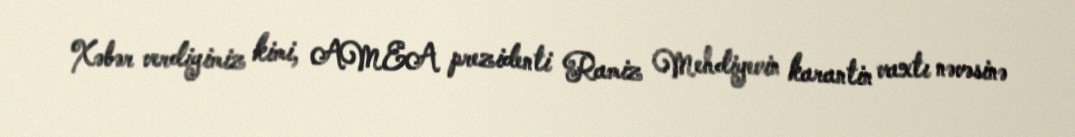
Xəbər verdiyimiz kimi, AMEA prezidenti Ramiz Mehdiyevin karantin vaxtı nəvəsinə